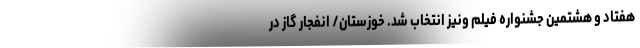
هفتاد و هشتمین جشنواره فیلم ونیز انتخاب شد. خوزستان/ انفجار گاز در